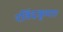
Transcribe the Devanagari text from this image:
रविंद्रकुमार